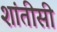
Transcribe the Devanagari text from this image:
शांतीसी